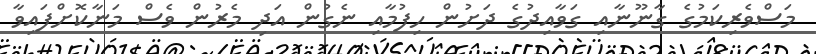
މަސްވެރިކަމުގެ ގާނޫނާއި ގަވާއިދުގެ ދަށުން ހިފުމާއި ނެގުން އަދި މެރުން ވެސް މަނާކޮށްފައިވާ